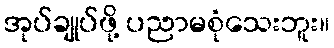
အုပ်ချုပ်ဖို့ ပညာမစုံသေးဘူး။